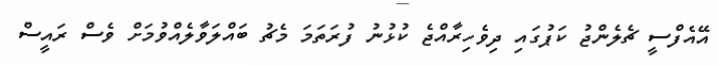
އޭއެފްސީ ޗެލެންޖު ކަޕުގައި ދިވެހިރާއްޖެ ކުޅުނު ފުރަތަމަ މެޗު ބައްލަވާލެއްވުމަށް ވެސް ރައީސް